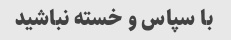
با سپاس و خسته نباشید